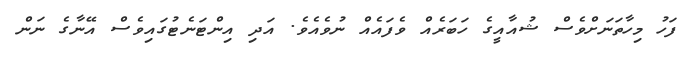
ފަހު މިހާތަނަށްވެސް ޝުއާއީގެ ހަބަރެއް ވެފައެއް ނުވެއެވެ. އަދި އިންޓަނެޓުގައިވެސް އޭނާގެ ނަން